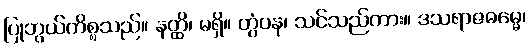
ပြုဘွယ်ကိစ္စသည်။ နတ္ထိ၊ မရှိ။ တွံပန၊ သင်သည်ကား။ ဒသရာဇဓမ္မေ၊